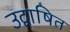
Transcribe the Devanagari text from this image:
उद्वाषित